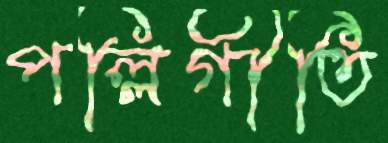
পল্লিগীতি